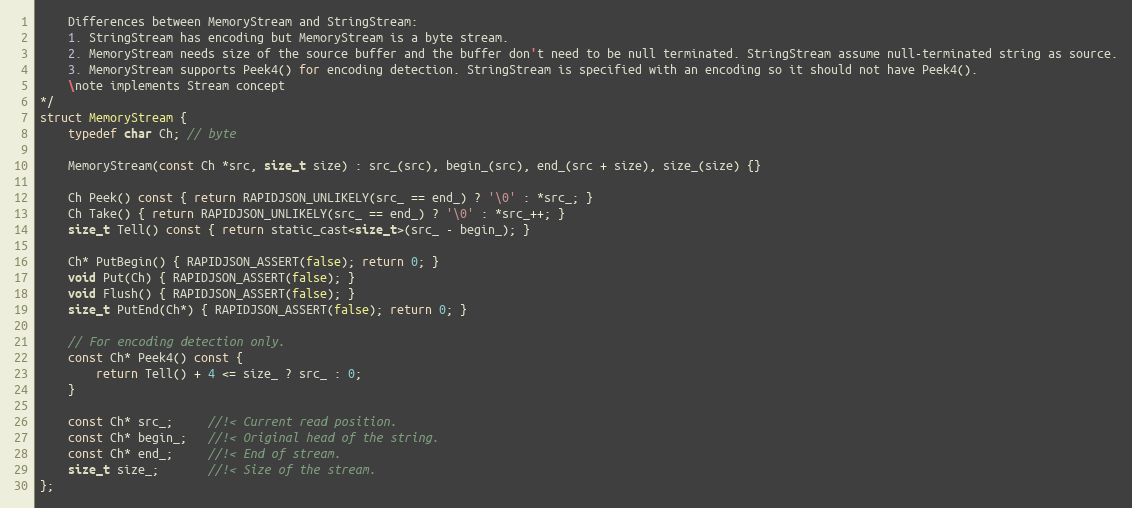
Language: C
    Differences between MemoryStream and StringStream:
    1. StringStream has encoding but MemoryStream is a byte stream.
    2. MemoryStream needs size of the source buffer and the buffer don't need to be null terminated. StringStream assume null-terminated string as source.
    3. MemoryStream supports Peek4() for encoding detection. StringStream is specified with an encoding so it should not have Peek4().
    \note implements Stream concept
*/
struct MemoryStream {
    typedef char Ch; // byte

    MemoryStream(const Ch *src, size_t size) : src_(src), begin_(src), end_(src + size), size_(size) {}

    Ch Peek() const { return RAPIDJSON_UNLIKELY(src_ == end_) ? '\0' : *src_; }
    Ch Take() { return RAPIDJSON_UNLIKELY(src_ == end_) ? '\0' : *src_++; }
    size_t Tell() const { return static_cast<size_t>(src_ - begin_); }

    Ch* PutBegin() { RAPIDJSON_ASSERT(false); return 0; }
    void Put(Ch) { RAPIDJSON_ASSERT(false); }
    void Flush() { RAPIDJSON_ASSERT(false); }
    size_t PutEnd(Ch*) { RAPIDJSON_ASSERT(false); return 0; }

    // For encoding detection only.
    const Ch* Peek4() const {
        return Tell() + 4 <= size_ ? src_ : 0;
    }

    const Ch* src_;     //!< Current read position.
    const Ch* begin_;   //!< Original head of the string.
    const Ch* end_;     //!< End of stream.
    size_t size_;       //!< Size of the stream.
};